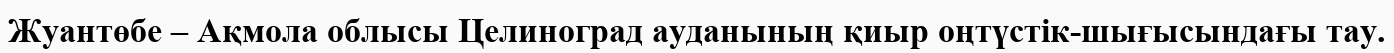
Жуантөбе – Ақмола облысы Целиноград ауданының қиыр оңтүстік-шығысындағы тау.